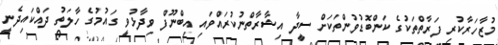
މުޒާހަރާކުރި ފަރާތްތަކުގެ ކަންބޮޑުވުންތަކަށް ސީދާ އިިޝާރާތްނުކުރައްވައި އިބްނޫފް ވިދާޅުވީ ގައުމުގެ ހާލަތު ދައްކައިދެނީ